Vaccination in Bombay 1924-1928 - 1924-1928
Year: 1924
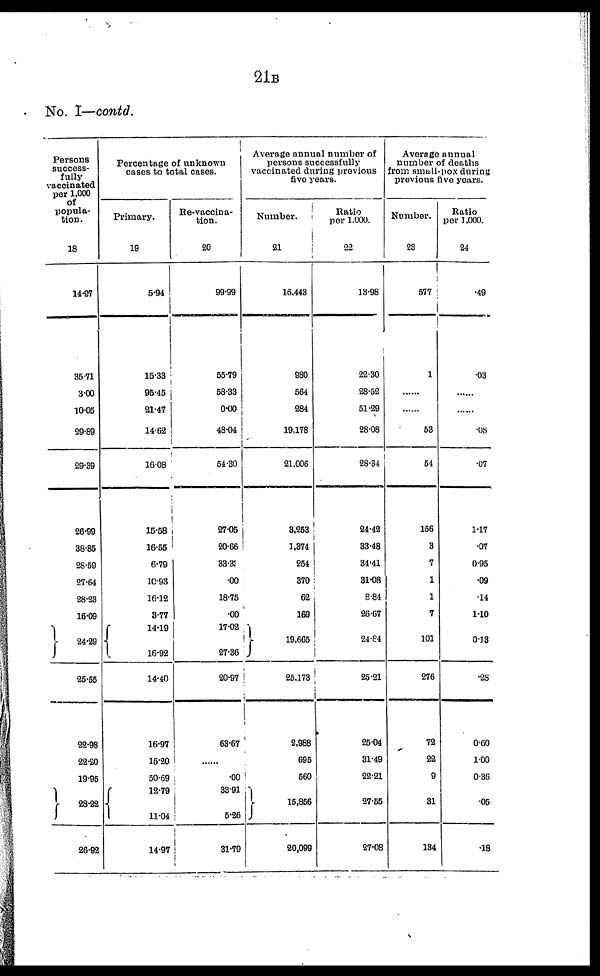
21B
No. I—contd.
Persons
success-
fully
vaccinated
per 1,000
of
popula-
tion.
18
14.97
35.71
3.00
10.05
29.89
29.39
26.99
38.85
28.59
27.64
28.23
16.09
24.29
25.55
22.98
22.20
19.95
28.22
26.92
Percentage of unknown
cases to total cases.
Primary.
19
5.94
15.33
95.45
21.47
14.62
16.08
15.58
16.55
6.79
10.93
16.12
8.77
14.19
16.92
14.40
16.97
15.20
50.69
12.79
11.04
14.97
Re-vaccina-
tion.
20
99.99
55.79
58.33
0.00
48.04
54.30
27.05
20.66
33.31
.00
18.75
.00
17.02
27.36
20.97
63.67
......
.00
33.91
5.26
31.79
Average annual number of
persons successfully
vaccinated during previous
five years.
Number.
21
16,443
980
564
284
19,178
21,006
3,253
1,374
254
370
62
169
19,665
25,173
2,988
695
560
15,856
20,099
Ratio
per 1,000.
22
13.98
22.30
28.52
51.29
28.08
28.34
24.42
33.48
34.41
31.08
8.84
26.67
24.84
25.21
25.04
31.49
22.21
27.55
27.08
Average annual
number of deaths
from small-pox during
previous five years.
Number.
23
577
1
......
......
53
54
156
3
7
1
1
7
101
276
72
22
9
31
134
Ratio
per 1,000.
24
.49
.03
......
......
.08
.07
1.17
.07
0.95
.09
.14
1.10
0.13
.28
0.60
1.00
0.36
.05
.18